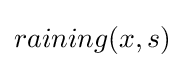
raining(x,s)